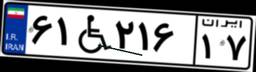
۶۱W۲۱۶۱۷